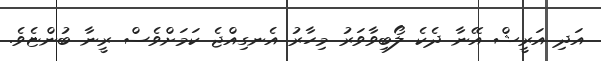
އަދި އަރީޝް އޭނާ ދެކެ ލޯބިވާވަރު މިހާރު އެނގިއްޖެ ކަމަށްވެސް ރީނާ ބުންޏެވެ.